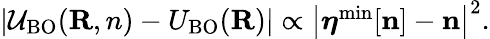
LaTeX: \begin{array}{r}{\left\vert{\cal U}_{\mathrm{BO}}({\mathbf R,n})-U_{\mathrm{BO}}({\mathbf R})\right\vert\propto\left\vert{\boldsymbol\eta}^{\mathrm{min}}[{\mathbf n}]-{\mathbf n}\right\vert^{2}.}\end{array}